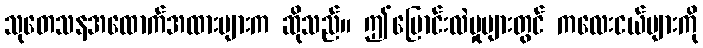
သုတေသနအထောက်အထားများက ဆိုသည်။ ဤပြောင်းလဲမှုများတွင် ကလေးငယ်များကို